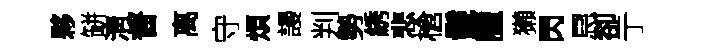
夥缾淸督离守煩謾判勢綉悲槍鬛臘獺閃㤙卻亍